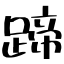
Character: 蹄